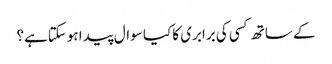
کے ساتھ کسی کی برابری کا کیا سوال پیدا ہوسکتاہے؟